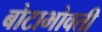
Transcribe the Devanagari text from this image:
बोटाभोवती